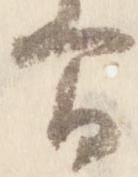
間